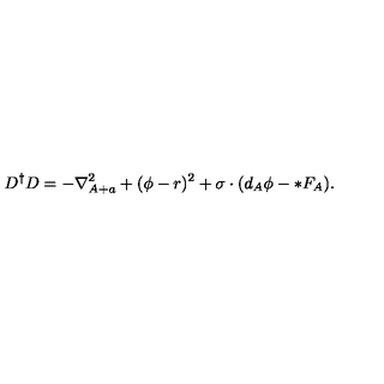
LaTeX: D ^ { \dagger } D = - \nabla _ { A + a } ^ { 2 } + ( \phi - r ) ^ { 2 } + \sigma \cdot ( d _ { A } \phi - * F _ { A } ) .